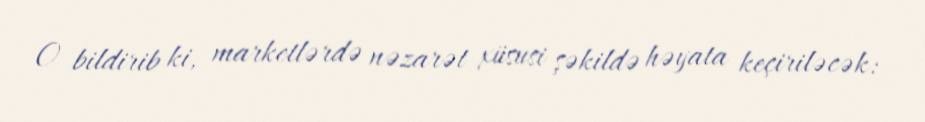
O bildirib ki, marketlərdə nəzarət xüsusi şəkildə həyata keçiriləcək: